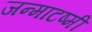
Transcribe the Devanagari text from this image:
जन्माटष्मी